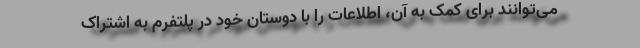
می‌توانند برای کمک به آن، اطلاعات را با دوستان خود در پلتفرم به اشتراک